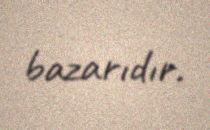
bazarıdır.